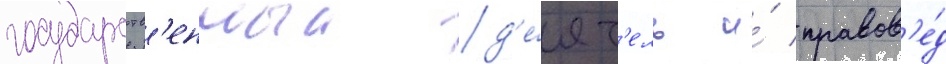
государств'енныи д'е́ят'ель и́ правов'е́д